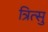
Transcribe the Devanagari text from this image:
त्रित्सु